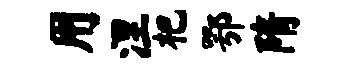
用涅杷鄂隋